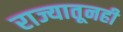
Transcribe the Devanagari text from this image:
राज्यातूनही